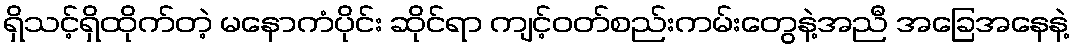
ရှိသင့်ရှိထိုက်တဲ့ မနောကံပိုင်း ဆိုင်ရာ ကျင့်ဝတ်စည်းကမ်းတွေနဲ့အညီ အခြေအနေနဲ့